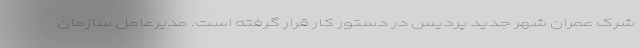
شرک عمران شهر جدید پردیس در دستور کار قرار گرفته است. مدیرعامل سازمان